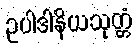
ဥပါဒါနိယသုတ္တံ